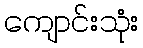
ကျောင်းသုံး